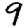
Digit: 9